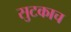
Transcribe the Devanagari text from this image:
सुटकाच